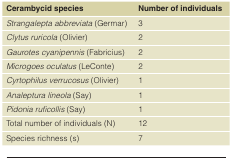
| Cerambycid species | Number of individuals |
 | --- | --- |
 | Strangalepta abbreviata (Germar) | 3 |
 | Clytus ruricola (Olivier) | 2 |
 | Gaurotes cyanipennis (Fabricius) | 2 |
 | Microgoes oculatus (LeConte) | 2 |
 | Cyrtophilus verrucosus (Olivier) | 1 |
 | Analeptura lineola (Say) | 1 |
 | Pidonia ruficollis (Say) | 1 |
 | Total number of individuals (N) | 12 |
 | Species richness (s) | 7 |